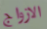
الازواج